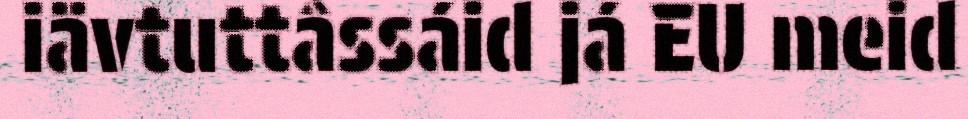
iävtuttâssáid já EU meid